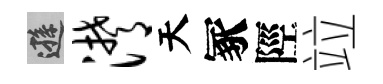
遜潸天冢陘竝